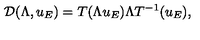
\mathcal { D } ( \Lambda , u _ { E } ) = T ( \Lambda u _ { E } ) \Lambda T ^ { - 1 } ( u _ { E } ) ,